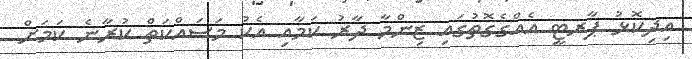
އިދިކޮޅު ޕާރޓީ އެއްގެގޮތުގައި ޒިންމާ ދާރު ކަމާއި އެކު މަސައްކަތް ކުރާނެ ކަމަށް